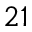
^ { 2 1 }